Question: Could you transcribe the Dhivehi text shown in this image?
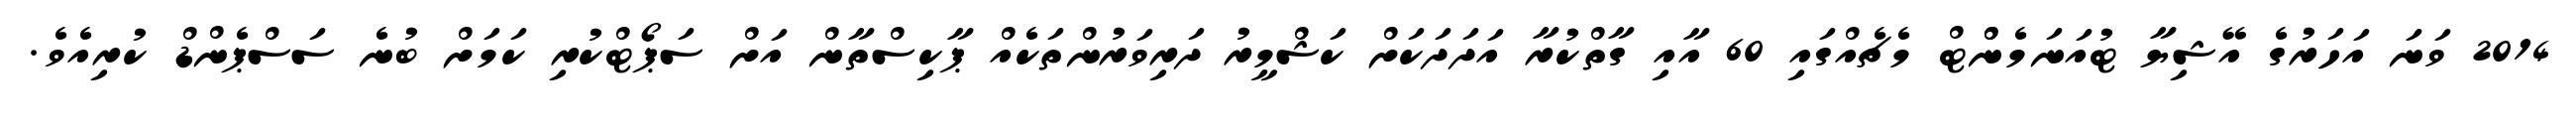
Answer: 2014 ވަނަ އަހަރުގެ އޭޝިޔާ ޓުއަނަމެންްޓް މެޗެއްގައި 60 އާއި ގާތްކުރާ އަދަދަކަށް ކަޝްމީރު ދަރިވަރުންތަކެއް ޕާކިސްތާން އަށް ސަޕޯޓްކުރި ކަމަށް ބުނެ ސަސްޕެންޑް ކުރިއެވެ.